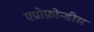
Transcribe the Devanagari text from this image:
एप्रोफ़ोन्डीस